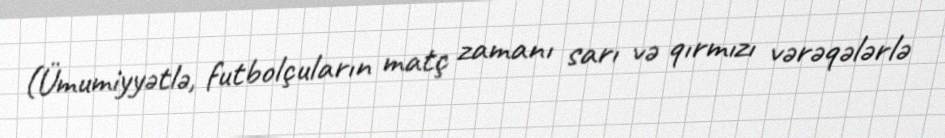
(Ümumiyyətlə, futbolçuların matç zamanı sarı və qırmızı vərəqələrlə